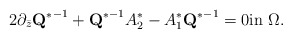
\begin{align*}2\partial_{\bar z}{\mbox{\bf Q}^*}^{-1}+{\mbox{\bf Q}^*}^{-1}A_2^*-A_1^*{\mbox{\bf Q}^*}^{-1}=0\mbox{in}\,\,\Omega.\end{align*}